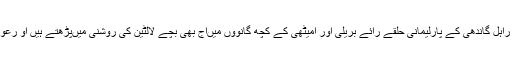
وزیر اعلیٰ کے بیانوں کی اصلیت یہی ہے کہ سونیا گاندھی ، راہل گاندھی کے پارلیمانی حلقے رائے بریلی اور امیٹھی کے کچھ گانووں میںآج بھی بچے لالٹین کی روشنی میںپڑھتے ہیں او رعورتیں مٹی کے تیل کی ڈھبری کی روشنی میںکھاناپکاتی ہیں ۔